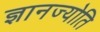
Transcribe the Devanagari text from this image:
ज्ञानज्योति